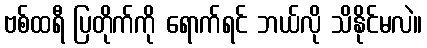
ဗစ်ထရီ ပြတိုက်ကို ရောက်ရင် ဘယ်လို သိနိုင်မလဲ။